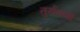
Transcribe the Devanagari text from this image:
तुर्यवर्णा